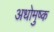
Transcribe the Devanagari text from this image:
अधोमुष्क